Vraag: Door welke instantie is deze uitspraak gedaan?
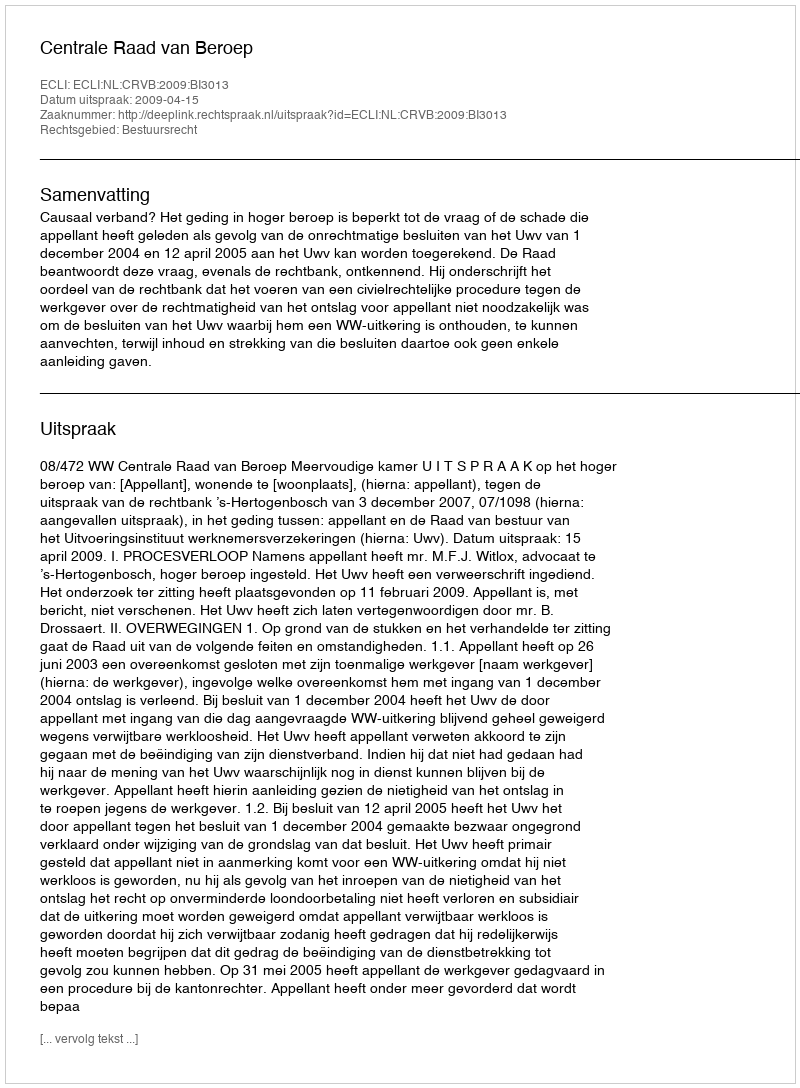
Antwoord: Centrale Raad van Beroep